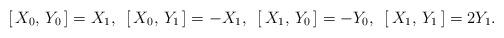
LaTeX: \begin{align*}[\,X_{0},\,Y_{0}\,] = X_{1} ,\,\,\, [\,X_{0},\,Y_{1}\,] = -X_{1} ,\,\,\, [\,X_{1},\,Y_{0}\,] = -Y_{0} ,\,\,\, [\,X_{1},\,Y_{1}\,] = 2Y_{1}.\end{align*}